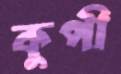
কুপী